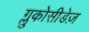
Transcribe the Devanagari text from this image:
ग्लुकोसीडेज़